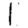
Digit: 1